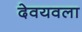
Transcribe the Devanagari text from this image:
देवयवला